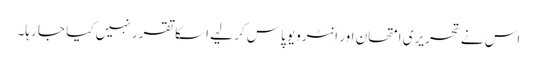
اس نے تحریری امتحان اور انٹرویو پاس کر لیے اسکا تقرر نہیں کیا جا رہا۔